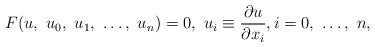
LaTeX: \begin{align*}F(u,\ u_0,\ u_{1},\ \ldots,\ u_{n})=0,\ u_i\equiv \frac{\partial u}{\partial x_i},i=0,\ \ldots,\ n,\end{align*}